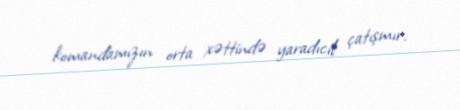
komandamızın orta xəttində yaradıcıl çatışmır.